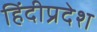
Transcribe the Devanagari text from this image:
हिंदीप्रदेश